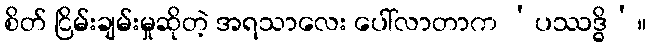
စိတ် ငြိမ်းချမ်းမှုဆိုတဲ့ အရသာလေး ပေါ်လာတာက ‘ပဿဒ္ဓိ’။